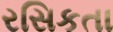
રસિકતા